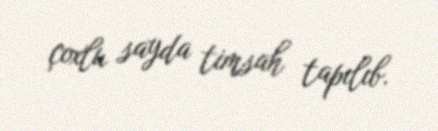
çoxlu sayda timsah tapılıb.